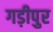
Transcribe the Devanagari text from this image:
गड़ीपुर